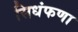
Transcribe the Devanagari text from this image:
सिधंफणा